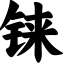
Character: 铼